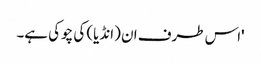
'اس طرف ان (انڈیا) کی چوکی ہے۔